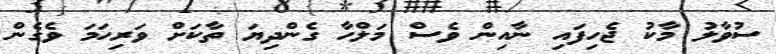
ސުވާލު މާކު ޖެހިފައި ނާއިން ވެސް މަލްހާ ގެންދިޔަ ތާކަށް ވަރިހަމަ ވެގެން